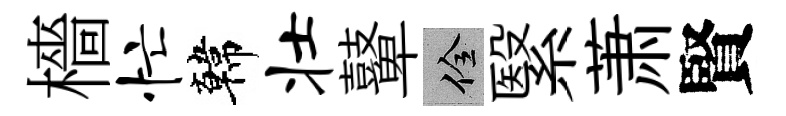
檣忙韓壮鼙佺繄萧賢